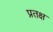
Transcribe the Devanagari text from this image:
प्रतक्ष